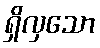
ရှိလှသော